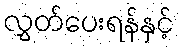
လွှတ်ပေးရန်နှင့်